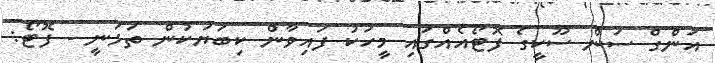
އަންގް ސަން ސޫކީގެ ފޮޓޯއެއްގައި މީހަކު ފައިވާން ކިބަޔަކުން ތަޅަނީ - ފޮޓޯ: